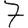
Digit: 7